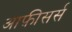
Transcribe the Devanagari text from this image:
आफ़ीसर्स